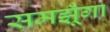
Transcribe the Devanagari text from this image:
समझूँगा